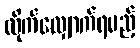
လိုက်လျှောက်ရမည့်